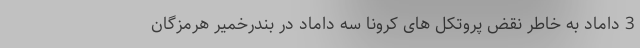
3 داماد به خاطر نقض پروتکل های کرونا سه داماد در بندرخمیر هرمزگان